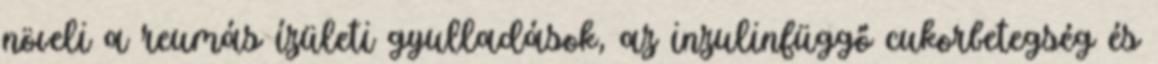
növeli a reumás ízületi gyulladások, az inzulinfüggő cukorbetegség és